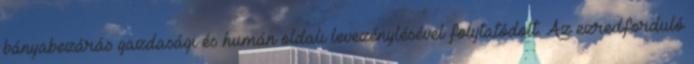
bányabezárás gazdasági és humán oldali levezénylésével folytatódott. Az ezredforduló